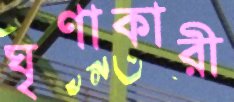
ঘৃণাকারী